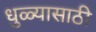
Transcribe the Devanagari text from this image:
धुळ्यासाठी